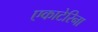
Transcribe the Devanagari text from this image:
एकाटेरिना